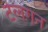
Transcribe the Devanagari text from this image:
टेलगन